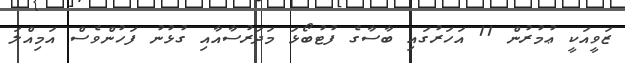
ޒަވީއަކީ ޢުމުރުން 11 އަހަރުގައި ބާސާގެ ފުޓުބޯޅަ މަދަރުސާއާއި ގުޅުނު ފަހުންވެސް އަމިއްލަ